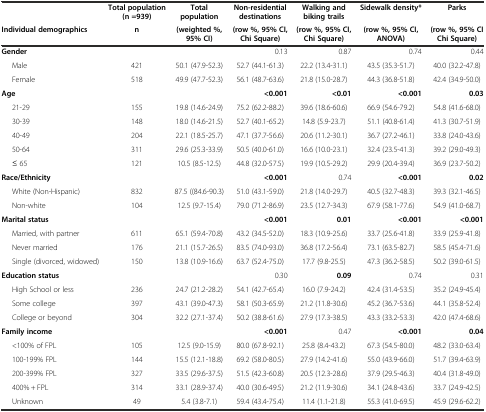
<table><thead><tr><td></td><td><b>Total population (n =939)</b></td><td><b>Total population</b></td><td><b>Non-residential destinations</b></td><td><b>Walking and biking trails</b></td><td><b>Sidewalk density*</b></td><td><b>Parks</b></td></tr><tr><td><b>Individual demographics</b></td><td><b>n</b></td><td><b>(weighted %, 95% CI)</b></td><td><b>(row %, 95% CI, Chi Square)</b></td><td><b>(row %, 95% CI, Chi Square)</b></td><td><b>(row %, 95% CI, ANOVA)</b></td><td><b>(row %, 95% CI Chi Square)</b></td></tr></thead><tbody><tr><td><b>Gender</b></td><td></td><td></td><td>0.13</td><td>0.87</td><td>0.74</td><td>0.44</td></tr><tr><td>Male</td><td>421</td><td>50.1 (47.9-52.3)</td><td>52.7 (44.1-61.3)</td><td>22.2 (13.4-31.1)</td><td>43.5 (35.3-51.7)</td><td>40.0 (32.2-47.8)</td></tr><tr><td>Female</td><td>518</td><td>49.9 (47.7-52.3)</td><td>56.1 (48.7-63.6)</td><td>21.8 (15.0-28.7)</td><td>44.3 (36.8-51.8)</td><td>42.4 (34.9-50.0)</td></tr><tr><td><b>Age</b></td><td></td><td></td><td><b>&lt;0.001</b></td><td><b>&lt;0.01</b></td><td><b>&lt;0.001</b></td><td><b>0.03</b></td></tr><tr><td>21-29</td><td>155</td><td>19.8 (14.6-24.9)</td><td>75.2 (62.2-88.2)</td><td>39.6 (18.6-60.6)</td><td>66.9 (54.6-79.2)</td><td>54.8 (41.6-68.0)</td></tr><tr><td>30-39</td><td>148</td><td>18.0 (14.6-21.5)</td><td>52.7 (40.1-65.2)</td><td>14.8 (5.9-23.7)</td><td>51.1 (40.8-61.4)</td><td>41.3 (30.7-51.9)</td></tr><tr><td>40-49</td><td>204</td><td>22.1 (18.5-25.7)</td><td>47.1 (37.7-56.6)</td><td>20.6 (11.2-30.1)</td><td>36.7 (27.2-46.1)</td><td>33.8 (24.0-43.6)</td></tr><tr><td>50-64</td><td>311</td><td>29.6 (25.3-33.9)</td><td>50.5 (40.0-61.0)</td><td>16.6 (10.0-23.1)</td><td>32.4 (23.5-41.3)</td><td>39.2 (29.0-49.3)</td></tr><tr><td>≤ 65</td><td>121</td><td>10.5 (8.5-12.5)</td><td>44.8 (32.0-57.5)</td><td>19.9 (10.5-29.2)</td><td>29.9 (20.4-39.4)</td><td>36.9 (23.7-50.2)</td></tr><tr><td><b>Race/Ethnicity</b></td><td></td><td></td><td><b>&lt;0.001</b></td><td>0.74</td><td><b>&lt;0.001</b></td><td><b>0.02</b></td></tr><tr><td>White (Non-Hispanic)</td><td>832</td><td>87.5 ((84.6-90.3)</td><td>51.0 (43.1-59.0)</td><td>21.8 (14.0-29.7)</td><td>40.5 (32.7-48.3)</td><td>39.3 (32.1-46.5)</td></tr><tr><td>Non-white</td><td>104</td><td>12.5 (9.7-15.4)</td><td>79.0 (71.2-86.9)</td><td>23.5 (12.7-34.3)</td><td>67.9 (58.1-77.6)</td><td>54.9 (41.0-68.7)</td></tr><tr><td><b>Marital status</b></td><td></td><td></td><td><b>&lt;0.001</b></td><td><b>0.01</b></td><td><b>&lt;0.001</b></td><td><b>&lt;0.001</b></td></tr><tr><td>Married, with partner</td><td>611</td><td>65.1 (59.4-70.8)</td><td>43.2 (34.5-52.0)</td><td>18.3 (10.9-25.6)</td><td>33.7 (25.6-41.8)</td><td>33.9 (25.9-41.8)</td></tr><tr><td>Never married</td><td>176</td><td>21.1 (15.7-26.5)</td><td>83.5 (74.0-93.0)</td><td>36.8 (17.2-56.4)</td><td>73.1 (63.5-82.7)</td><td>58.5 (45.4-71.6)</td></tr><tr><td>Single (divorced, widowed)</td><td>150</td><td>13.8 (10.9-16.6)</td><td>63.7 (52.4-75.0)</td><td>17.7 (9.8-25.5)</td><td>47.3 (36.2-58.5)</td><td>50.2 (39.0-61.5)</td></tr><tr><td><b>Education status</b></td><td></td><td></td><td>0.30</td><td><b>0.09</b></td><td>0.74</td><td>0.31</td></tr><tr><td>High School or less</td><td>236</td><td>24.7 (21.2-28.2)</td><td>54.1 (42.7-65.4)</td><td>16.0 (7.9-24.2)</td><td>42.4 (31.4-53.5)</td><td>35.2 (24.9-45.4)</td></tr><tr><td>Some college</td><td>397</td><td>43.1 (39.0-47.3)</td><td>58.1 (50.3-65.9)</td><td>21.2 (11.8-30.6)</td><td>45.2 (36.7-53.6)</td><td>44.1 (35.8-52.4)</td></tr><tr><td>College or beyond</td><td>304</td><td>32.2 (27.1-37.4)</td><td>50.2 (38.8-61.6)</td><td>27.9 (17.3-38.5)</td><td>43.3 (33.2-53.3)</td><td>42.0 (47.4-68.6)</td></tr><tr><td><b>Family income</b></td><td></td><td></td><td><b>&lt;0.001</b></td><td>0.47</td><td><b>&lt;0.001</b></td><td><b>0.04</b></td></tr><tr><td>&lt;100% of FPL</td><td>105</td><td>12.5 (9.0-15.9)</td><td>80.0 (67.8-92.1)</td><td>25.8 (8.4-43.2)</td><td>67.3 (54.5-80.0)</td><td>48.2 (33.0-63.4)</td></tr><tr><td>100-199% FPL</td><td>144</td><td>15.5 (12.1-18.8)</td><td>69.2 (58.0-80.5)</td><td>27.9 (14.2-41.6)</td><td>55.0 (43.9-66.0)</td><td>51.7 (39.4-63.9)</td></tr><tr><td>200-399% FPL</td><td>327</td><td>33.5 (29.6-37.5)</td><td>51.5 (42.3-60.8)</td><td>20.5 (12.3-28.6)</td><td>37.9 (29.5-46.3)</td><td>40.4 (31.8-49.0)</td></tr><tr><td>400% + FPL</td><td>314</td><td>33.1 (28.9-37.4)</td><td>40.0 (30.6-49.5)</td><td>21.2 (11.9-30.6)</td><td>34.1 (24.8-43.6)</td><td>33.7 (24.9-42.5)</td></tr><tr><td>Unknown</td><td>49</td><td>5.4 (3.8-7.1)</td><td>59.4 (43.4-75.4)</td><td>11.4 (1.1-21.8)</td><td>55.3 (41.0-69.5)</td><td>45.9 (29.6-62.2)</td></tr></tbody></table>